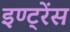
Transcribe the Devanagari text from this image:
इण्ट्रेंस